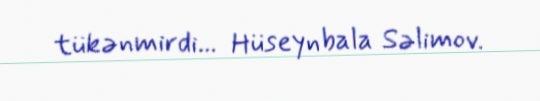
tükənmirdi... Hüseynbala Səlimov.